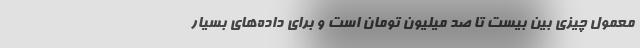
معمول چیزی بین بیست تا صد میلیون تومان است و برای داده‌های‌ بسیار